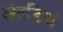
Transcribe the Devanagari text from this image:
अंतडियां